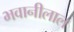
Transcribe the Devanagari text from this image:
भवानीलाल